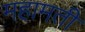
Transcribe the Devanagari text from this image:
महामती